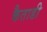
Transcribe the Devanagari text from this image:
कैताडी